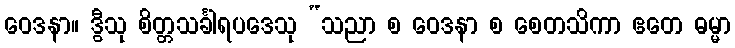
ဝေဒနာ။ ဒွီသု စိတ္တသင်္ခါရပဒေသု “သညာ စ ဝေဒနာ စ စေတသိကာ ဧတေ ဓမ္မာ